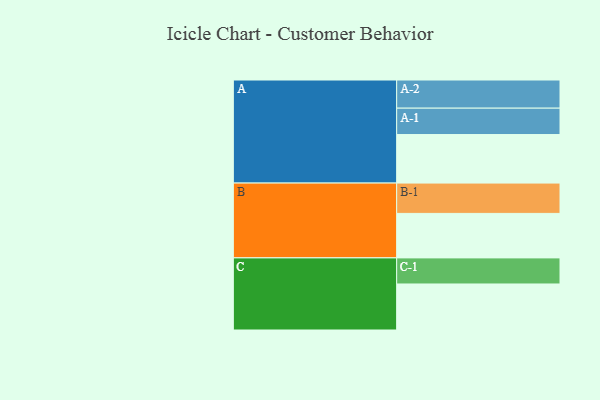
{"axis": {"x": "Segment", "y": "Value"}, "legend": ["", "A", "B", "C"], "data": [{"x": "A", "y": 445, "type": ""}, {"x": "B", "y": 408, "type": ""}, {"x": "C", "y": 422, "type": ""}, {"x": "A-1", "y": 242, "type": "A"}, {"x": "A-2", "y": 258, "type": "A"}, {"x": "B-1", "y": 278, "type": "B"}, {"x": "C-1", "y": 239, "type": "C"}]}